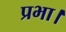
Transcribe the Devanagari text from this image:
प्रभा।